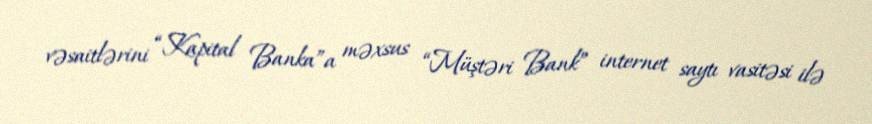
vəsaitlərini “Kapital Banka”a məxsus “Müştəri Bank” internet saytı vasitəsi ilə